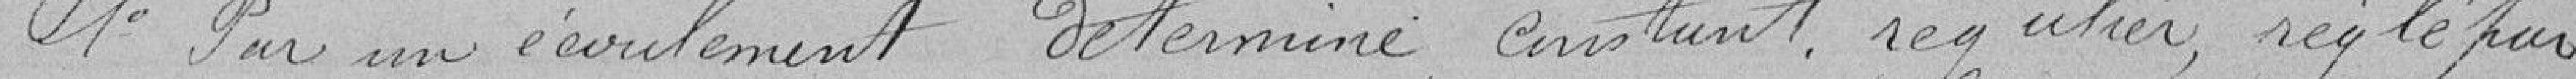
1° Par un écoulement déterminé , constant, régulier, réglé par